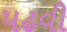
પઢવી